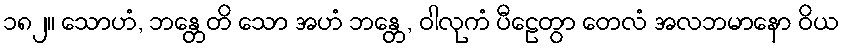
၁၈၂။ သောဟံ, ဘန္တေတိ သော အဟံ ဘန္တေ, ဝါလုကံ ပီဠေတွာ တေလံ အလဘမာနော ဝိယ